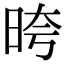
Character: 晇